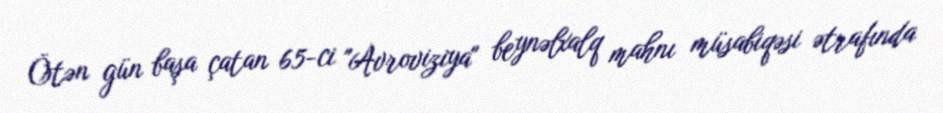
Ötən gün başa çatan 65-ci "Avroviziya" beynəlxalq mahnı müsabiqəsi ətrafında